Indian journal of veterinary science and animal husbandry - Volumes 15-17, 1948-1951
Year: 1948
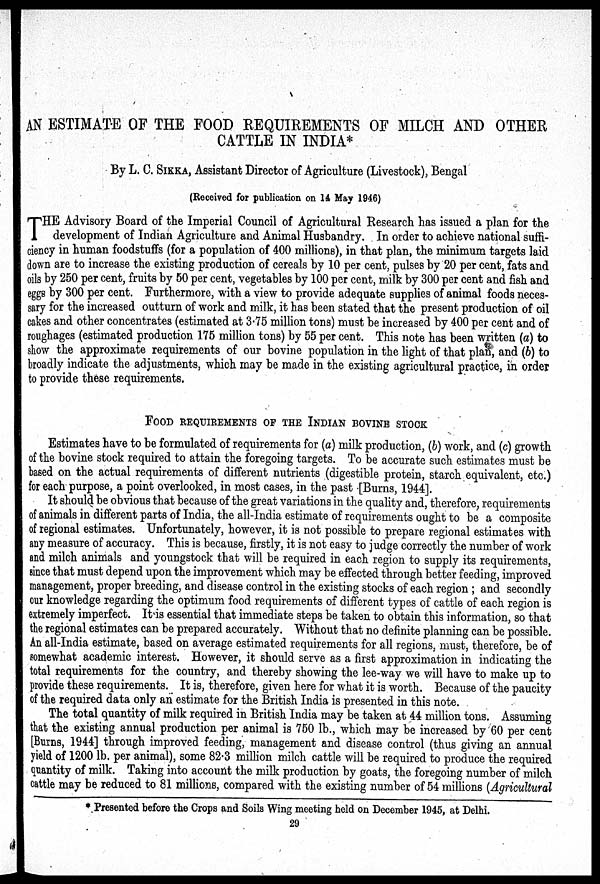
AN ESTIMATE OF THE FOOD REQUIREMENTS OF MILCH AND OTHER
CATTLE IN INDIA*
By L. C. SIKKA, Assistant Director of Agriculture (Livestock), Bengal
(Received for publication on 14 May 1946)
T HE Advisory Board of the Imperial Council of Agricultural Research has issued a plan for the
development of Indian Agriculture and Animal Husbandry. In order to achieve national suffi-
ciency in human foodstuffs (for a population of 400 millions), in that plan, the minimum targets laid
down are to increase the existing production of cereals by 10 per cent, pulses by 20 per cent, fats and
oils by 250 per cent, fruits by 50 per cent, vegetables by 100 per cent, milk by 300 per cent and fish and
eggs by 300 per cent. Furthermore, with a view to provide adequate supplies of animal foods neces-
sary for the increased outturn of work and milk, it has been stated that the present production of oil
cakes and other concentrates (estimated at 3.75 million tons) must be increased by 400 per cent and of
roughages (estimated production 175 million tons) by 55 per cent. This note has been written (a) to
show the approximate requirements of our bovine population in the light of that plan, and (b) to
broadly indicate the adjustments, which may be made in the existing agricultural practice, in order
to provide these requirements.
FOOD REQUIREMENTS OF THE INDIAN BOVINE STOCK
Estimates have to be formulated of requirements for (a) milk production, (b) work, and (c) growth
of the bovine stock required to attain the foregoing targets. To be accurate such estimates must be
based on the actual requirements of different nutrients (digestible protein, starch equivalent, etc.)
for each purpose, a point overlooked, in most cases, in the past [Burns, 1944].
It should be obvious that because of the great variations in the quality and, therefore, requirements
of animals in different parts of India, the all-India estimate of requirements ought to be a composite
of regional estimates. Unfortunately, however, it is not possible to prepare regional estimates with
any measure of accuracy. This is because, firstly, it is not easy to judge correctly the number of work
and milch animals and youngstock that will be required in each region to supply its requirements,
since that must depend upon the improvement which may be effected through better feeding, improved
management, proper breeding, and disease control in the existing stocks of each region; and secondly
our knowledge regarding the optimum food requirements of different types of cattle of each region is
extremely imperfect. It is essential that immediate steps be taken to obtain this information, so that
the regional estimates can be prepared accurately. Without that no definite planning can be possible.
An all-India estimate, based on average estimated requirements for all regions, must, therefore, be of
somewhat academic interest. However, it should serve as a first approximation in indicating the
total requirements for the country, and thereby showing the lee-way we will have to make up to
provide these requirements. It is, therefore, given here for what it is worth. Because of the paucity
of the required data only an estimate for the British India is presented in this note.
The total quantity of milk required in British India may be taken at 44 million tons. Assuming
that the existing annual production per animal is 750 lb., which may be increased by 60 per cent
[Burns, 1944] through improved feeding, management and disease control (thus giving an annual
yield of 1200 lb. per animal), some 82.3 million milch cattle will be required to produce the required
quantity of milk. Taking into account the milk production by goats, the foregoing number of milch
cattle may be reduced to 81 millions, compared with the existing number of 54 millions (Agricultural
* Presented before the Crops and Soils Wing meeting held on December 1945, at Delhi.
29